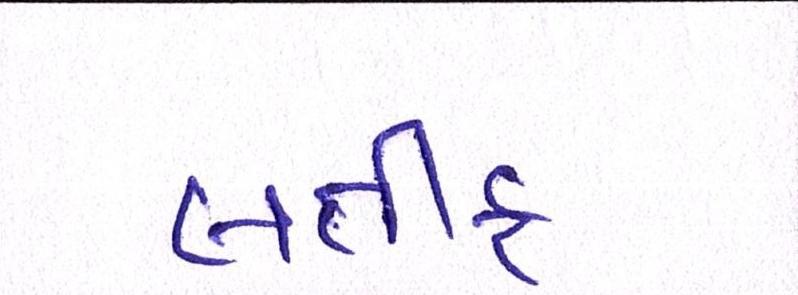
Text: લતીફ